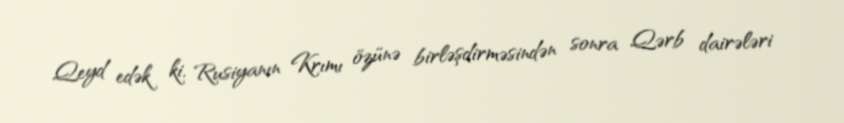
Qeyd edək ki, Rusiyanın Krımı özünə birləşdirməsindən sonra Qərb dairələri